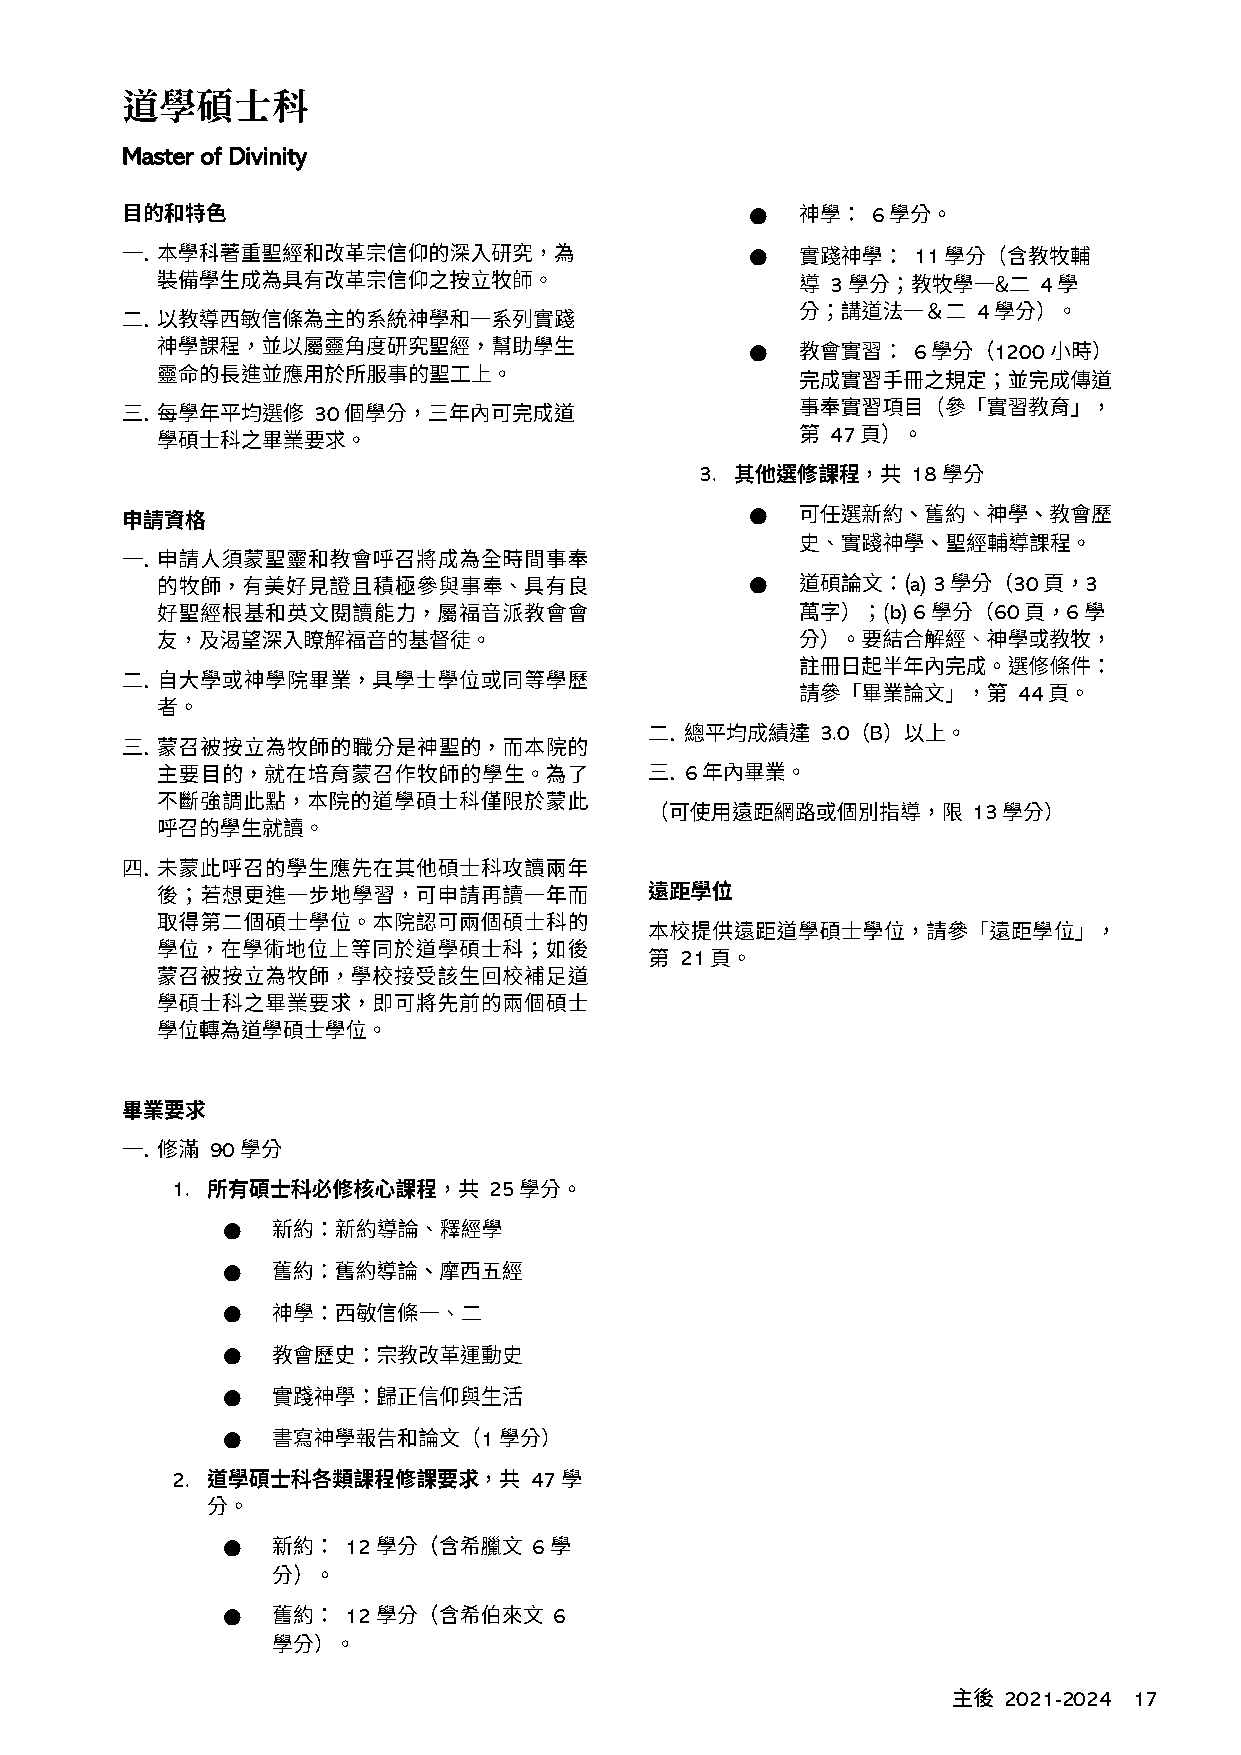
道學碩士科
 Master of Divinity
 ●       6
 ●         11
 3             4
 4
 ●         6     1200
 30
 47
 3.            18
 ●
 ●         a) 3   30   3
 b) 6   60   6
 44
 3.0 B
 6
 13
 21
 90
 1.                   25
 ●
 ●
 ●
 ●
 ●
 ●                1
 2.                      47
 ●       12          6
 ●       12            6
 2021-2024 17